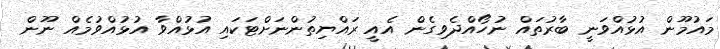
މައުމޫން އުޅުއްވަނީ ބާރުތައް ނުހޯއްދެވިގެން އެއީ ރައްޔިތުންނަށްޓަކައި އުޅުއްވާ އުޅުއްވުމެއް ނޫން